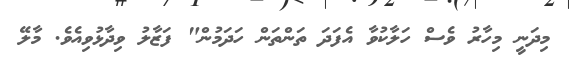
މިދަނީ މިހާރު ވެސް ހަލާކުވާ އެފަދަ ތަންތަން ހަދަމުން" ފަޒާލު ވިދާޅުވިއެވެ. މާލޭ